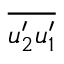
\overline { { u _ { 2 } ^ { \prime } u _ { 1 } ^ { \prime } } }